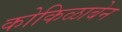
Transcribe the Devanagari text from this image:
कोकिळाबेन